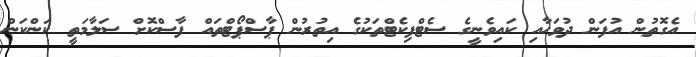
އެގޮތުން އުފަން ދުވަހާއި ކައިވެނީގެ ސެޓްފިކެޓްތަކުގެ އިތުރުން ޕާސްޕޯޓްތައް ފާސްކޮށް ސަލާމަތީ ކަންކަން